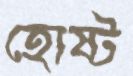
হোষ্ট